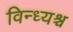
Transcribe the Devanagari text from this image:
विन्ध्यश्च